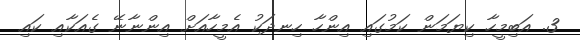
3. އަބިމީހާ ކިޔަމަން ކަމުގައި އިންހާ ހިނދަކު އެމީހާއަށް އިންނާނޭ ގެއަކާއި ކައި